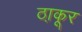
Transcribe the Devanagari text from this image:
ठा़कूर